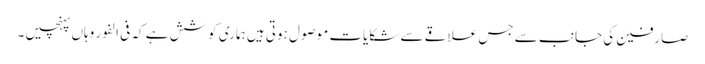
صارفین کی جانب سے جس علاقے سے شکایات موصول ہوتی ہیں ہماری کوشش ہے کہ فی الفور وہاں پہنچیں ۔